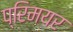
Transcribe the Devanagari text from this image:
प्रिमयर